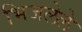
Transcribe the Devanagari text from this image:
भिजलेले